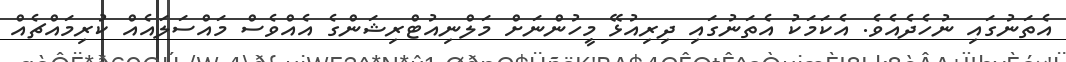
އެތަނުގައި ނުހެދެއެވެ. އެކަމަކު އެތަނުގައި ދިރިއުޅޭ މީހުންނަށް މަލްނިއުޓްރިޝަންގެ އެއްވެސް މައްސަލައެއް ކުރިމައްޗެއް